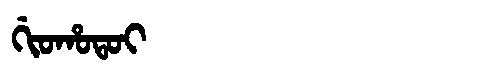
Manchu: ᡤᡳᠣᡥᠣᡨᠣᡳ
Romanization: GIOHOTOI